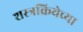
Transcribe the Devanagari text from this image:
शस्त्रक्रियेच्या